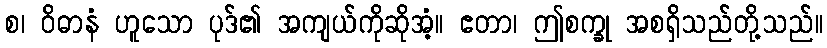
စ၊ ဝိဓာနံ ဟူသော ပုဒ်၏ အကျယ်ကိုဆိုအံ့။ ဧတာ၊ ဤစက္ခု အစရှိသည်တို့သည်။